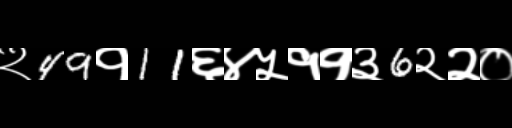
Text: २49१11६४५११३6२२०